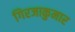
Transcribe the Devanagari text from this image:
गिरजाकुमार